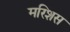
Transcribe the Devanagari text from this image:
मरिशस